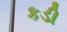
કડી